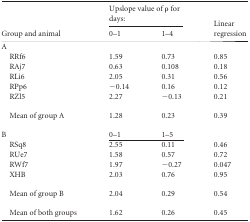
<table><thead><tr><td rowspan="2"><b>Group and animal</b></td><td colspan="2"><b>Upslope value of ρ for days:</b></td><td rowspan="2"><b>Linear regression</b></td></tr><tr><td><b>0–1</b></td><td><b>1–4</b></td></tr></thead><tbody><tr><td>A</td><td></td><td></td><td></td></tr><tr><td>RRf6</td><td>1.59</td><td>0.73</td><td>0.85</td></tr><tr><td>RAj7</td><td>0.63</td><td>0.108</td><td>0.18</td></tr><tr><td>RLi6</td><td>2.05</td><td>0.31</td><td>0.56</td></tr><tr><td>RPp6</td><td>−0.14</td><td>0.16</td><td>0.12</td></tr><tr><td>RZl5</td><td>2.27</td><td>−0.13</td><td>0.21</td></tr><tr><td>Mean of group A</td><td>1.28</td><td>0.23</td><td>0.39</td></tr><tr><td>B</td><td>0–1</td><td>1–5</td><td></td></tr><tr><td>RSq8</td><td>2.55</td><td>0.11</td><td>0.46</td></tr><tr><td>RUe7</td><td>1.58</td><td>0.57</td><td>0.72</td></tr><tr><td>RWf7</td><td>1.97</td><td>−0.27</td><td>0.047</td></tr><tr><td>XHB</td><td>2.03</td><td>0.76</td><td>0.95</td></tr><tr><td>Mean of group B</td><td>2.04</td><td>0.29</td><td>0.54</td></tr><tr><td>Mean of both groups</td><td>1.62</td><td>0.26</td><td>0.45</td></tr></tbody></table>